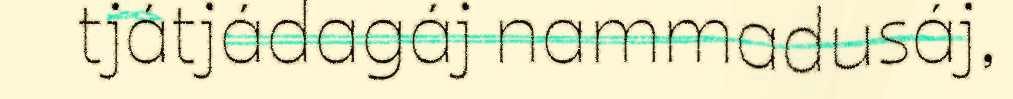
tjátjádagáj nammadusáj,